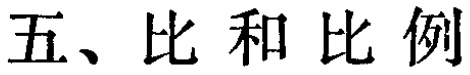
五、比和比例